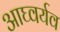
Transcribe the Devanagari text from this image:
आघ्वर्यव